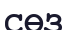
СӨЗ